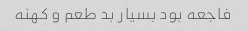
فاجعه بود بسیار بد طعم و کهنه